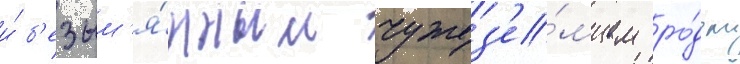
и́ б'езым'я́нным чужез'е́мцем ро́дом